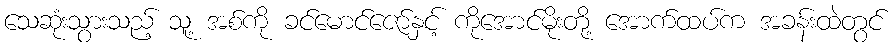
သေဆုံးသွားသည့် သူ့ အစ်ကို ခင်မောင်ဇော်နှင့် ကိုအောင်မိုးတို့ အောက်ထပ်က အခန်းထဲတွင်